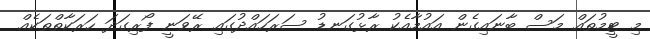
މި ޓީމުތައް މަސް ބާނައިގެން އައުމާއެކު ރާޅުގަނޑު ސަރަހައްދުގައި ރޭވަނީ ފޯރިގަދަ ހަރަކާތްތަކެއް